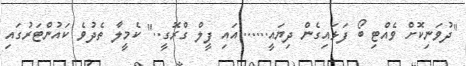
"ދުވަނިކޮށް ވެއްޓި ބޯ ފަޅައިގެން ދިޔައީ.......އައި ފީލް ގްރޮގީ.." ކެމީލާ ތެދުވެ ކައުންޓަރުގައި